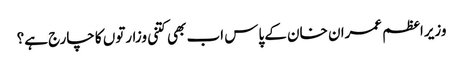
وزیراعظم عمران خان کے پاس اب بھی کتنی وزارتوں کا چارج ہے؟